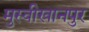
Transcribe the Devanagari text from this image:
मुस्वीखानपुर